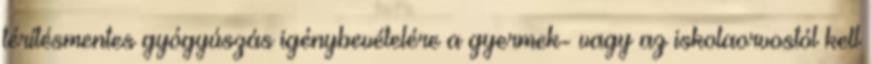
térítésmentes gyógyúszás igénybevételére a gyermek- vagy az iskolaorvostól kell